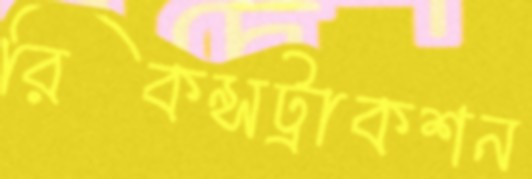
রিকন্সট্রাকশন